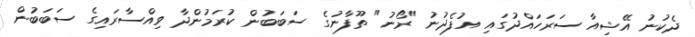
ދެކުނު އޭޝިއާ ސަރަހައްދުގައި އުފެދުނު "ރޯނު" ތޫފާނުގެ ސަބަބުން ކުރަމުންދާ ވިއްސާރައިގެ ސަބަބުން